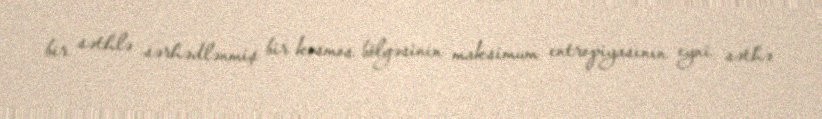
bir səthlə sərhədlənmiş bir kosmos bölgəsinin maksimum entropiyasının eyni səthə